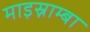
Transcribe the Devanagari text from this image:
माइस्नाम्बा